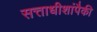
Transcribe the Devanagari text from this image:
सत्ताधीशांपैकी